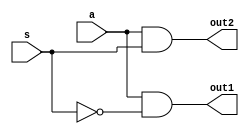

//This is for the 1:2 demux module.

module one_to_two_demux_dataflow_module (a, s, out1, out2);
	input a;
	input s;	
	output out1, out2;

	assign out1 = (a && !s);
	assign out2 = (a && s);

endmodule